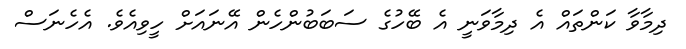
ދިމާވާ ކަންތައް އެ ދިމާވަނީ އެ ބޭހުގެ ސަބަބުންހެން އޭނައަށް ހީވިއެވެ. އެހެނަސް